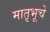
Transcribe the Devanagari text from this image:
मातृभूचे